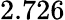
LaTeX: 2.726